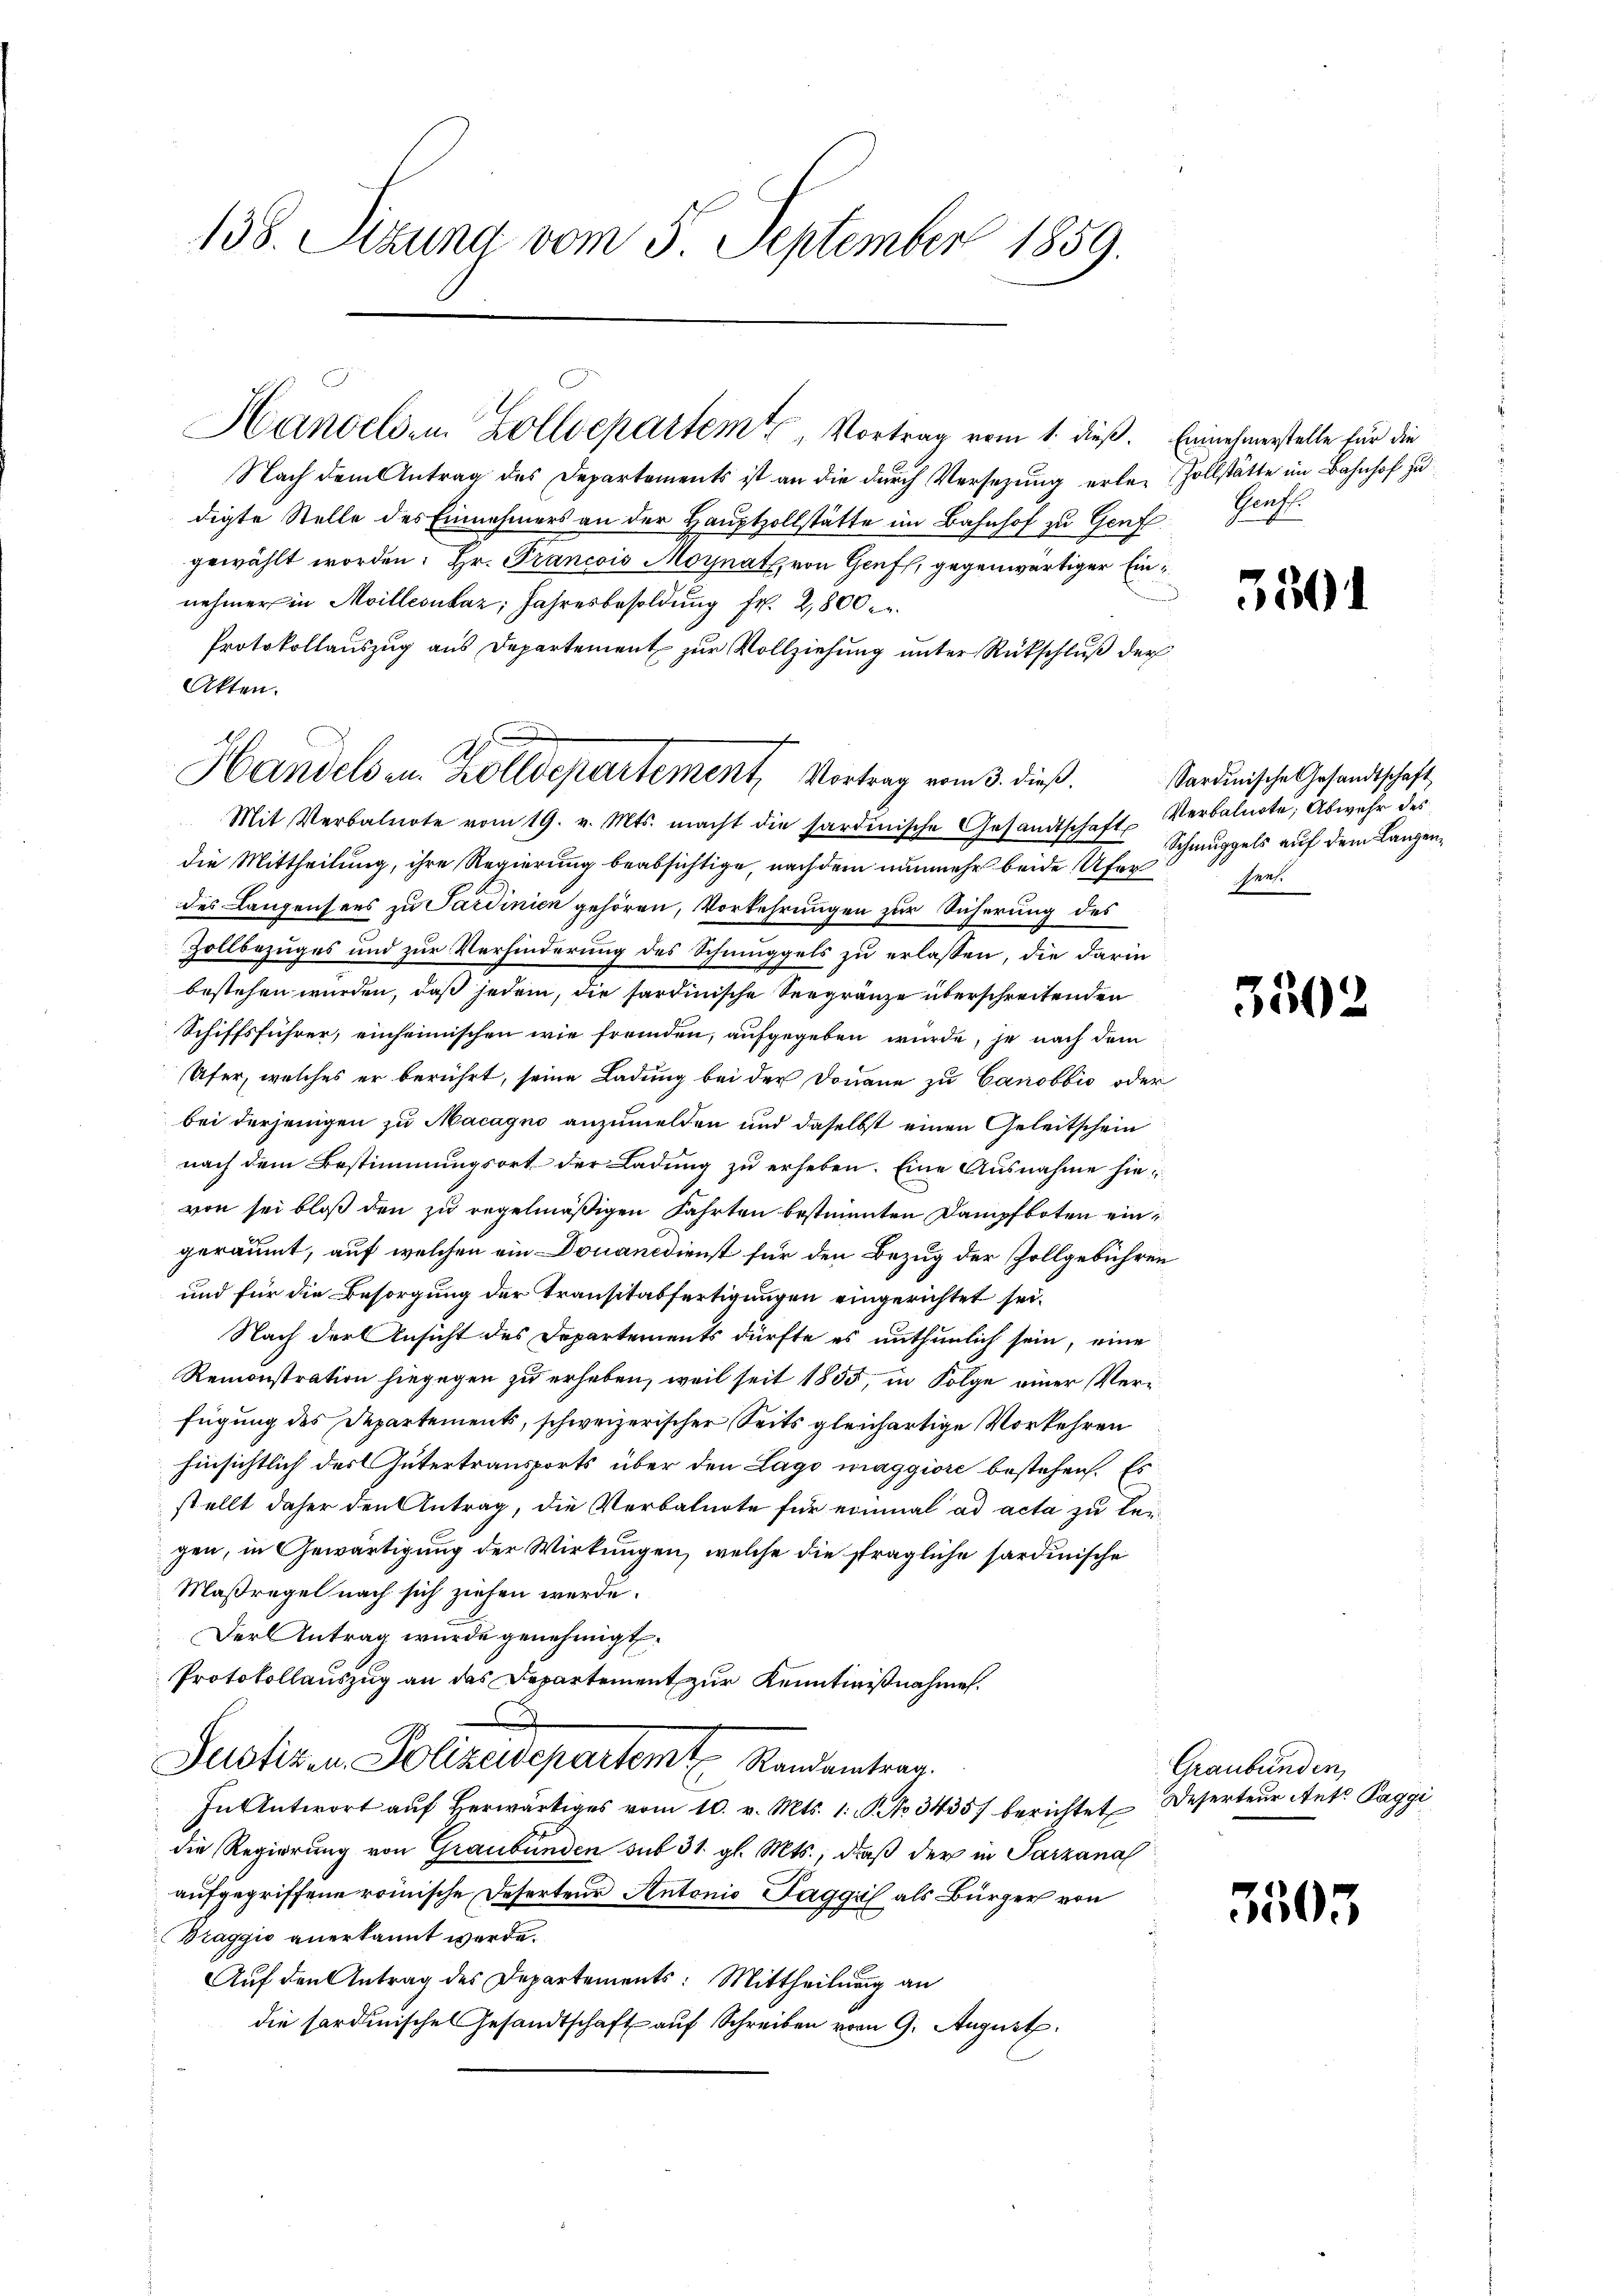
138. Sizung vom 5. September 1859.

Handelsen Zolldepartem Vortrag vom 1. dieß.

Nach dem Antrag des Departements ist an die durch Versezung erledigte Stelle des Einnehmers an der Hauptzollstätte im Bahnhof zu Genf.
gewählt worden. Hr. Francois Moynath von Genf, gegenwärtiger Einnehmer in Moillesukaz; Jahresbesoldung fr. 2800 r.
Protokollauszug aus Departement zur Vollziehung unter Rückschluß der
Akten.
Mit Verbalnote vom 19. v. Mts. macht die sardinische Gesandtschaft Verbalnote, Abwehr des
die Mittheilung, ihre Regierung beabsichtige, nachdem nunmehr beide Ufer her
des Langensees zu Sardinien gehören, Vorkehrungen zur Sicherung des
Zollbezuges und zur Verhinderung des Schmuggels zu erlassen, die darin
bestehen wurden, daß jedem, die sardinische Seegränze überschreitenden
Schiffsführer, einheimischen wie fremden, aufgegeben würde, je nach dem
Ufer, welches er berührt, seine Ladung bei der Donaue zu Canobbio oder
bei derjenigen zu Macagio anzumelden und daselbst einen Geleitschein
nach dem Bestimmungsort der Ladung zu erheben. Eine Ausnahme hievon sei bloß den zu regelmäßigen Fahrten bestimmten Dampfboten eingeräumt, auf welchen ein Douanedienst für den Bezug der Zollgebühren
und für die Besorgung der Transitabfertigungen eingerichtet sei.
Nach der Ansicht des Departements dürfte es unthunlich sein, eine
Remonstration hingegen zu erheben, weil seit 1855, in Folge einer Verfügung des Departements, schweizerischer Seits gleichartige Vorkehren
hinsichtlich des Gütertransports über den Lago maggiore bestehen. Es
stellt daher den Antrag, die Verbalnote für einmal ad acta zu lei-
gen, in Gewärtigung der Wirkungen, welche die strägliche sardinische
Maßregel nach sich ziehen werde.
Der Antrag wurde genehmigt.
Protokollauszug an das Departement zur Kenntnißnahmen.
Justiz in Polizeidepartamt Randentrag
In Antwort aŭf herwärtiges vom 10. v. Mts. 1. No. 3435) berichtet Deserteur Ant. Paggi
die Regierung von Graubünden sub 31. gl. Mts., daß der in Parzana
aufgegriffene römische Deserteur Antonio aggi als Bürger von
Braggio anerkannt werde.
Auf den Antrag des Departements: Mittheilung an
die sardinische Gesandtschaft auf Schreiben vom 9. August

f
Handelsen Zolldepartement, Vortrag vom 3. dieß.

Einnehmerstelle für die
Zollstätte im Bahnhof zu
Haus.

350.

sardinische Gesandtschaft
Schmuggels auf dem Lanzen,

3502

Graubünden,

3503